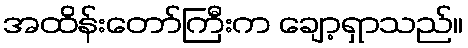
အထိန်းတော်ကြီးက ချော့ရှာသည်။